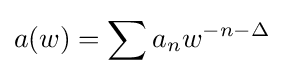
a(w)=\sum a_{n}w^{-n-\Delta }